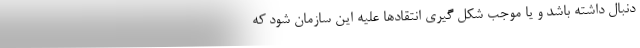
دنبال داشته باشد و یا موجب شکل گیری انتقادها علیه این سازمان شود که